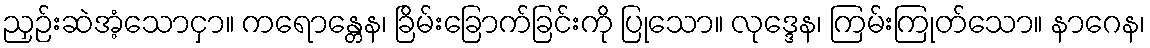
ညှဉ်းဆဲအံ့သောငှာ။ ကရောန္တေန၊ ခြိမ်းခြောက်ခြင်းကို ပြုသော။ လုဒ္ဒေန၊ ကြမ်းကြုတ်သော။ နာဂေန၊